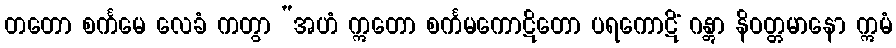
တတော စင်္ကမေ လေခံ ကတွာ “အဟံ ဣတော စင်္ကမကောဋိတော ပရကောဋိံ ဂန္တွာ နိဝတ္တမာနော ဣမံ